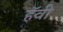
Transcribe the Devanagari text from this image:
हॅवी